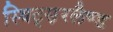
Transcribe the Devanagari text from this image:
स्विट्स़रलैण्ड